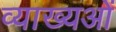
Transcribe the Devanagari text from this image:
व्याख्यओं